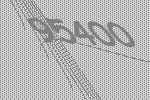
95400